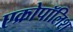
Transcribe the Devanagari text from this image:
एक्रोपॉलिश